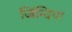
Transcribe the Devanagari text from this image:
जिंन्दिया